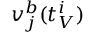
v _ { j } ^ { b } ( t _ { V } ^ { i } )